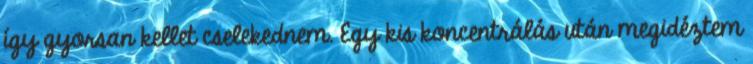
így gyorsan kellet cselekednem. Egy kis koncentrálás után megidéztem